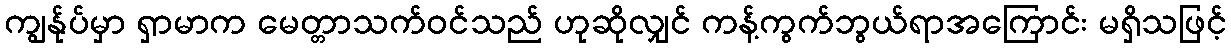
ကျွန်ုပ်မှာ ရှာမာက မေတ္တာသက်ဝင်သည် ဟုဆိုလျှင် ကန့်ကွက်ဘွယ်ရာအကြောင်း မရှိသဖြင့်